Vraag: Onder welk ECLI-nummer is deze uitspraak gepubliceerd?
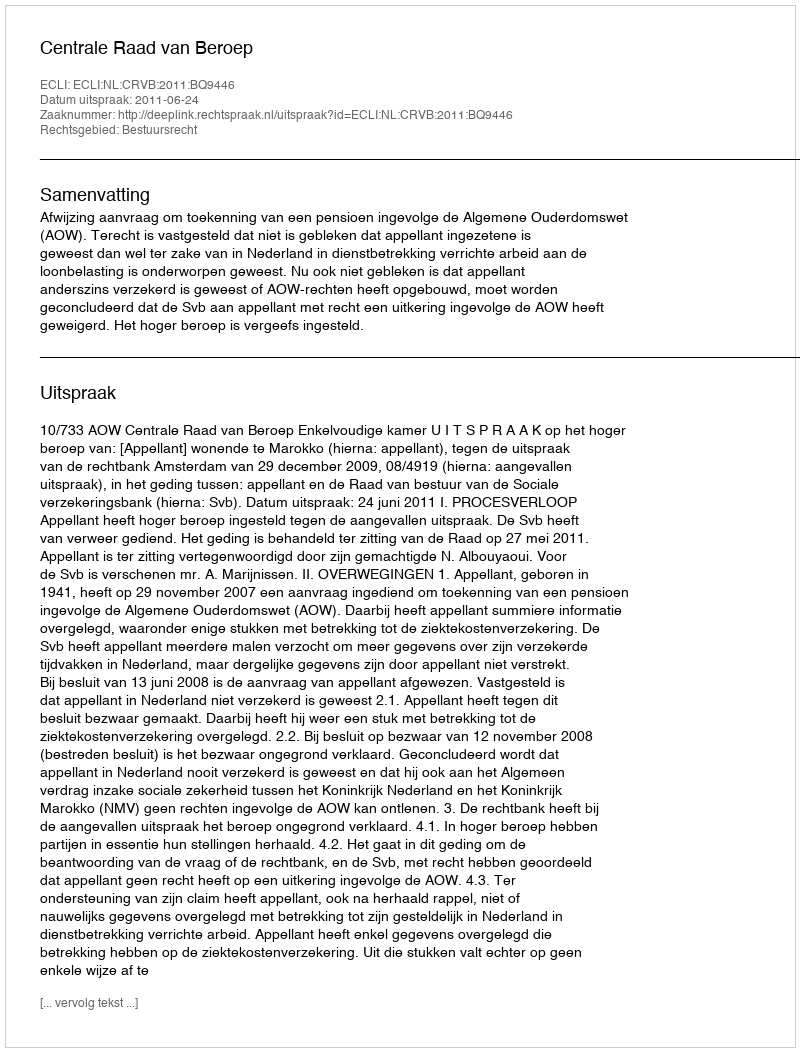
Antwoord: ECLI:NL:CRVB:2011:BQ9446